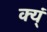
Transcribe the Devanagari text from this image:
क्य्ं